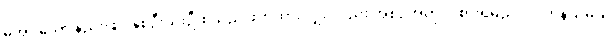
မအပ်သော နည်းဖြင့် နှစ်ဦးသုံးဦးစသည် ဖိတ်ထားလျှင်လည်း အစဉ်အတိုင်း စားရမည်။ ဂိလာနသမယ